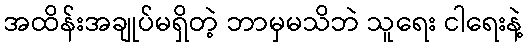
အထိန်းအချုပ်မရှိတဲ့ ဘာမှမသိဘဲ သူရေး ငါရေးနဲ့